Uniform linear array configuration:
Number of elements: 48
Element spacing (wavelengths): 0.25
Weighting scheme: hann
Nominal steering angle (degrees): -45
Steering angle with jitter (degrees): -43.683
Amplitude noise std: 0.05
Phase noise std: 0.05

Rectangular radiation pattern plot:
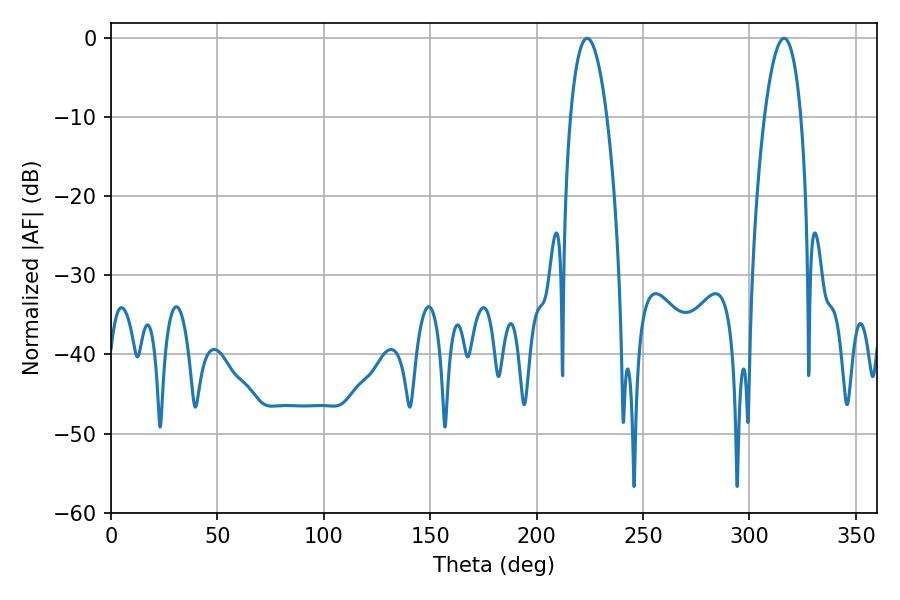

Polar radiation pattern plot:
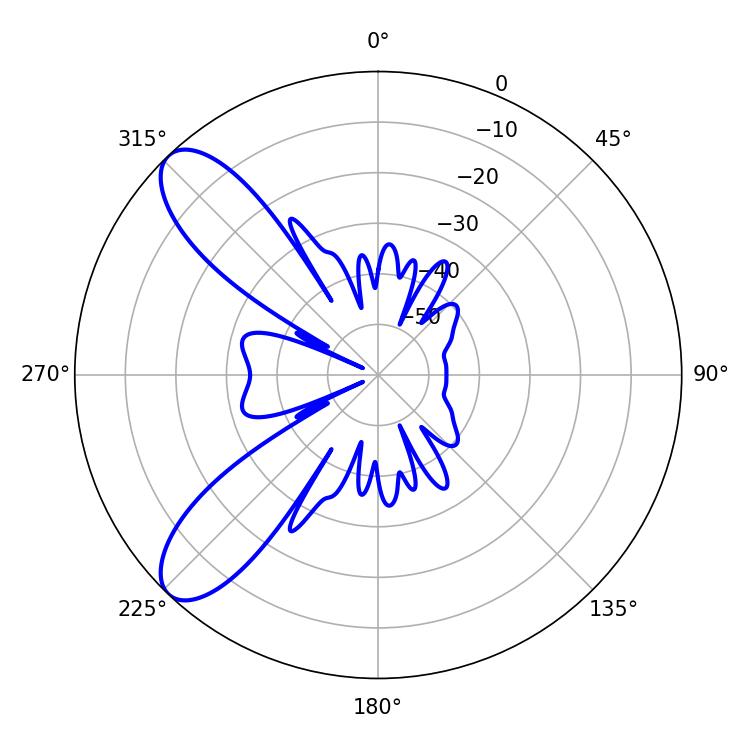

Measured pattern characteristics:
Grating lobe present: FALSE
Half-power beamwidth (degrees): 9.54
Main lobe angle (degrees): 223.74